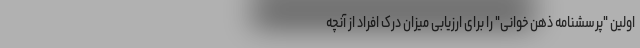
اولین "پرسشنامه ذهن خوانی" را برای ارزیابی میزان درک افراد از آنچه